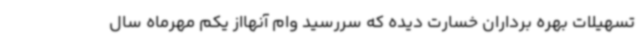
تسهیلات بهره برداران خسارت دیده که سررسید وام آنهااز یکم مهرماه سال